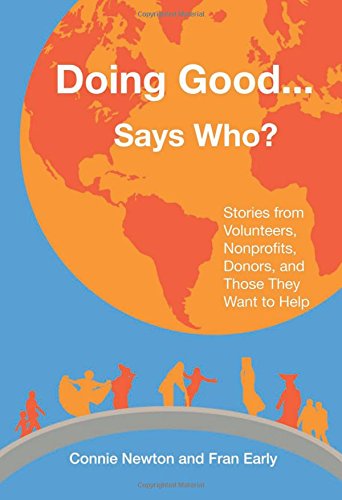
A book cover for Doing Good . . . Says Who?: Stories from Volunteers, Nonprofits, Donors, and Those They Want to Help; Connie Newton; Business & Money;